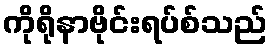
ကိုရိုနာဗိုင်းရပ်စ်သည်